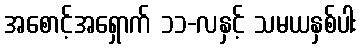
အစောင့်အရှောက် ၁၁-လနှင့် သမယနှစ်ပါး